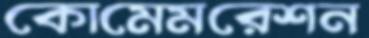
কোমেমরেশন